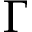
\Gamma